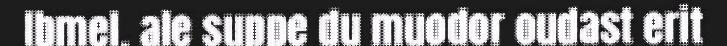
Ibmel, ale suppe du muodor oudast erit